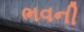
ભવની